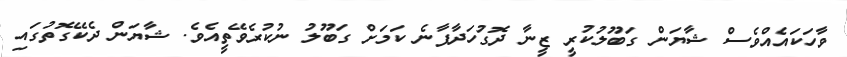
ވާހަކައެއްވެސް ޝާޔަން ގަބޫލުކުރީ ޒީނާ ދޮގުހަދާފާނެ ކަމަށް ގަބޫލު ނުކުރެވޭތީއެވެ. ޝާޔަން ދެކޭގޮތުގައި